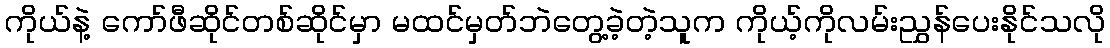
ကိုယ်နဲ့ ကော်ဖီဆိုင်တစ်ဆိုင်မှာ မထင်မှတ်ဘဲတွေ့ခဲ့တဲ့သူက ကိုယ့်ကိုလမ်းညွှန်ပေးနိုင်သလို